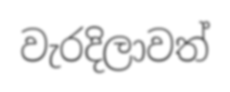
වැරදිලාවත්